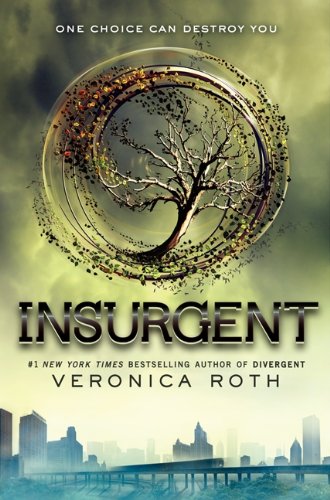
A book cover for Insurgent; Veronica Roth; Mystery, Thriller & Suspense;